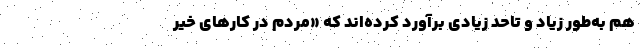
هم به‌طور زیاد و تاحد زیادی برآورد کرده‌اند که «مردم در کار‌های خیر